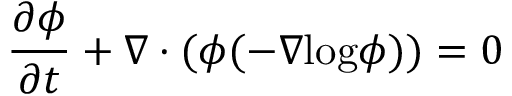
\frac { \partial \phi } { \partial t } + \nabla \cdot ( \phi ( - \nabla \mathrm { l o g } \phi ) ) = 0